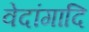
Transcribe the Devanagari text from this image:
वेदांगादि